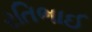
રતિભાઈ